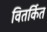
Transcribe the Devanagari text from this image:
वितर्कित